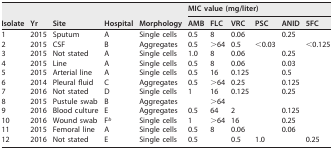
<table><thead><tr><td rowspan="2"><b>Isolate</b></td><td rowspan="2"><b>Yr</b></td><td rowspan="2"><b>Site</b></td><td rowspan="2"><b>Hospital</b></td><td rowspan="2"><b>Morphology</b></td><td colspan="6"><b>MIC value (mg/liter)</b></td></tr><tr><td><b>AMB</b></td><td><b>FLC</b></td><td><b>VRC</b></td><td><b>PSC</b></td><td><b>ANID</b></td><td><b>5FC</b></td></tr></thead><tbody><tr><td>1</td><td>2015</td><td>Sputum</td><td>A</td><td>Single cells</td><td>0.5</td><td>8</td><td>0.06</td><td>[EMPTY_CELL]</td><td>0.25</td><td>[EMPTY_CELL]</td></tr><tr><td>2</td><td>2015</td><td>CSF</td><td>B</td><td>Aggregates</td><td>0.5</td><td>&gt;64</td><td>0.5</td><td>&lt;0.03</td><td>[EMPTY_CELL]</td><td>&lt;0.125</td></tr><tr><td>3</td><td>2015</td><td>Not stated</td><td>A</td><td>Single cells</td><td>1.0</td><td>8</td><td>0.06</td><td>[EMPTY_CELL]</td><td>0.25</td><td>[EMPTY_CELL]</td></tr><tr><td>4</td><td>2015</td><td>Line</td><td>A</td><td>Single cells</td><td>0.5</td><td>8</td><td>0.06</td><td>[EMPTY_CELL]</td><td>0.03</td><td>[EMPTY_CELL]</td></tr><tr><td>5</td><td>2015</td><td>Arterial line</td><td>A</td><td>Single cells</td><td>0.5</td><td>16</td><td>0.125</td><td>[EMPTY_CELL]</td><td>0.5</td><td>[EMPTY_CELL]</td></tr><tr><td>6</td><td>2014</td><td>Pleural fluid</td><td>C</td><td>Aggregates</td><td>0.5</td><td>&gt;64</td><td>0.25</td><td>[EMPTY_CELL]</td><td>0.125</td><td>[EMPTY_CELL]</td></tr><tr><td>7</td><td>2016</td><td>Not stated</td><td>D</td><td>Single cells</td><td>1</td><td>16</td><td>0.125</td><td>[EMPTY_CELL]</td><td>0.25</td><td>[EMPTY_CELL]</td></tr><tr><td>8</td><td>2015</td><td>Pustule swab</td><td>B</td><td>Aggregates</td><td>[EMPTY_CELL]</td><td>&gt;64</td><td>[EMPTY_CELL]</td><td>[EMPTY_CELL]</td><td>[EMPTY_CELL]</td><td>[EMPTY_CELL]</td></tr><tr><td>9</td><td>2016</td><td>Blood culture</td><td>E</td><td>Aggregates</td><td>0.5</td><td>64</td><td>2</td><td>[EMPTY_CELL]</td><td>0.125</td><td>[EMPTY_CELL]</td></tr><tr><td>10</td><td>2016</td><td>Wound swab</td><td>F<sup>b</sup></td><td>Single cells</td><td>1</td><td>&gt;64</td><td>16</td><td>[EMPTY_CELL]</td><td>0.25</td><td>[EMPTY_CELL]</td></tr><tr><td>11</td><td>2015</td><td>Femoral line</td><td>A</td><td>Single cells</td><td>0.5</td><td>8</td><td>0.06</td><td>[EMPTY_CELL]</td><td>0.06</td><td>[EMPTY_CELL]</td></tr><tr><td>12</td><td>2016</td><td>Not stated</td><td>E</td><td>Single cells</td><td>0.5</td><td>[EMPTY_CELL]</td><td>0.5</td><td>1.0</td><td>[EMPTY_CELL]</td><td>0.25</td></tr></tbody></table>